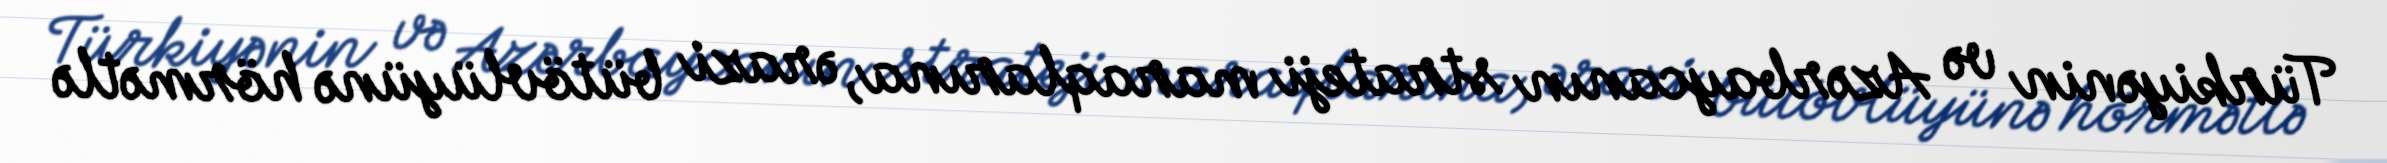
Türkiyənin və Azərbaycanın strateji maraqlarına, ərazi bütövlüyünə hörmətlə